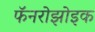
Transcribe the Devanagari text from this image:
फॅनरोझोइक